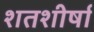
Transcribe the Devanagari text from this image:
शतशीर्षा